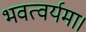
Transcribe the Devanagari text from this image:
भवत्वर्यमा।